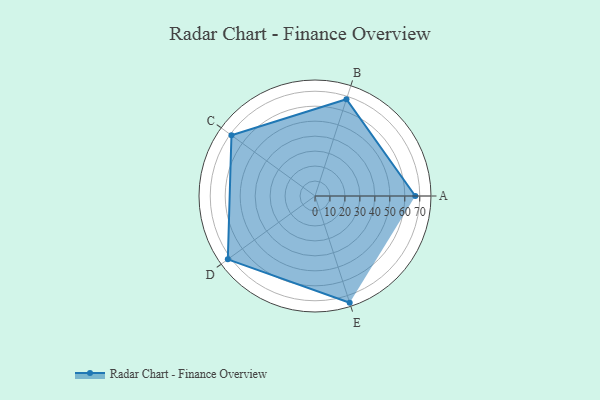
{"axis": {"x": "Skill", "y": "Score"}, "legend": ["Profile"], "data": [{"x": "A", "y": 67.0, "type": "Profile"}, {"x": "B", "y": 68.0, "type": "Profile"}, {"x": "C", "y": 69.0, "type": "Profile"}, {"x": "D", "y": 72.0, "type": "Profile"}, {"x": "E", "y": 75.0, "type": "Profile"}]}